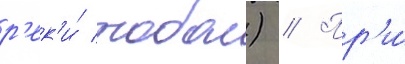
р'ек'и́ тобол) // Пр'и́